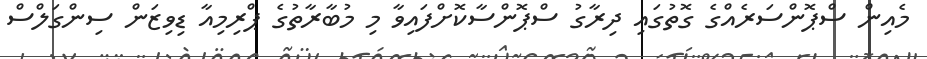
މެއިން ސްޕޮންސަރެއްގެ ގޮތުގައި ދިރާގު ސްޕޮންސާކޮށްފައިވާ މި މުބާރާތުގެ ޕްރިމިއާ ޑިވިޒަން ސިންގަލްސް